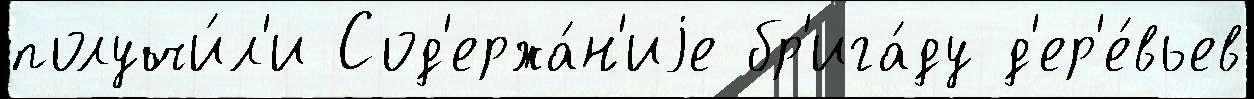
получи́л'и Сод'ержа́н'иjе бр'ига́ду д'ер'е́вьев